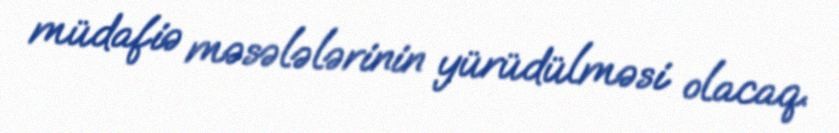
müdafiə məsələlərinin yürüdülməsi olacaq.